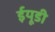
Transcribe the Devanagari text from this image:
ईयूडी